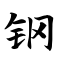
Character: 钢